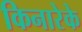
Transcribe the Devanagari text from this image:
किनारेके